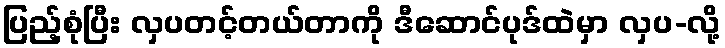
ပြည့်စုံပြီး လှပတင့်တယ်တာကို ဒီဆောင်ပုဒ်ထဲမှာ လှပ-လို့